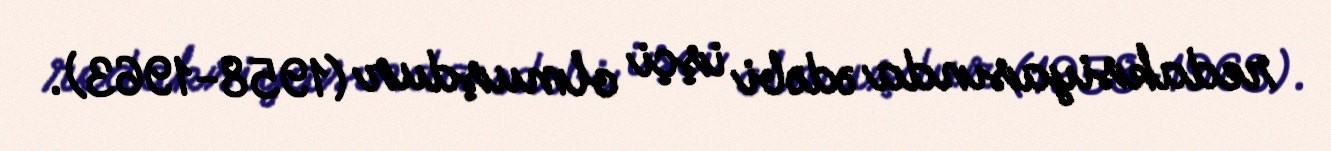
redaksiyasında ədəbi işçi olmuşdur (1958-1963).